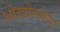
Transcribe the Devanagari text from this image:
ओख़ोत्स्कोए